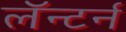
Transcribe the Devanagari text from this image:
लॅन्टर्न